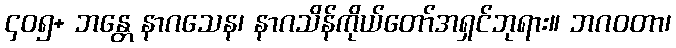
၄၀၅+ ဘန္တေ နာဂသေန၊ နာဂသိန်ကိုယ်တော်အရှင်ဘုရား။ ဘဂဝတာ၊